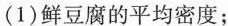
(1)鲜豆腐的平均密度；